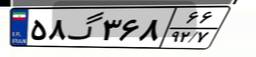
۸۲گ۶۶۴۹۸